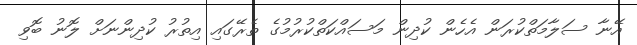
އޭނާ ސަލާމަތްކުރަން އެހެން ކުދިން މަސައްކަތްކުރުމުގެ ތެރޭގައި އިތުރު ކުދިންނަށް ލޮނު ބޮވި